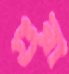
গুরা